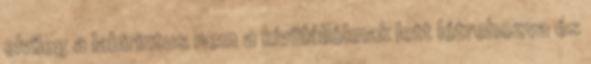
elvileg a labirintus nem a kívülállóknak lett létrehozva és